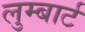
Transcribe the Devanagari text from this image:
लुम्बार्ट